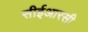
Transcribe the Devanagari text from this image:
सीईआरसी